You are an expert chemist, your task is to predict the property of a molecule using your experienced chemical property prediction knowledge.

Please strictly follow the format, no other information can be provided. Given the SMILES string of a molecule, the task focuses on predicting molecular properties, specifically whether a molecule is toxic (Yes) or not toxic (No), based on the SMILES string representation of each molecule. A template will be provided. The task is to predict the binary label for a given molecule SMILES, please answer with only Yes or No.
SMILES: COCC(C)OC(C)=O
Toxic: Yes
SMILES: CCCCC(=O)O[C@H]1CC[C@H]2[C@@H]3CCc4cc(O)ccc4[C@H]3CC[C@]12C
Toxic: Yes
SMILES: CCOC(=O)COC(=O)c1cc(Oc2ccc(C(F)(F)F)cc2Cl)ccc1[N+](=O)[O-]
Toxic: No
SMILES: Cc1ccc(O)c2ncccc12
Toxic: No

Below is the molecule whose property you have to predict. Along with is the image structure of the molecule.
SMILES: CC(=O)OCC(=O)[C@@]12OC(C)(C)O[C@@H]1C[C@H]1[C@@H]3C[C@H](F)C4=CC(=O)C=C[C@]4(C)[C@@]3(F)[C@@H](O)C[C@@]12C
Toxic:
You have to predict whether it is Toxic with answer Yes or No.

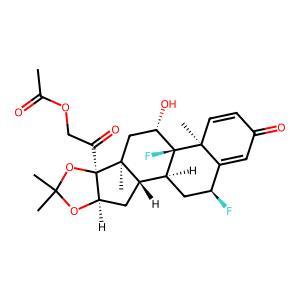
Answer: Yes